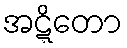
အဋ္ဋိတော